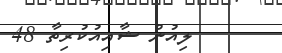
ލިއުން ޝާއިއުކުރިތާ 48